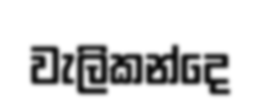
වැලිකන්දෙ